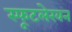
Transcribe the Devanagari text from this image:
स्फूटलेखन